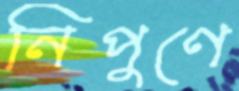
নিপুণে